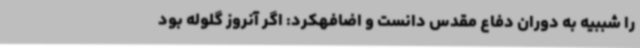
را شببیه به دوران دفاع مقدس دانست و اضافهکرد: اگر آنروز گلوله بود